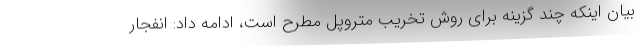
بیان اینکه چند گزینه برای روش تخریب متروپل مطرح است، ادامه داد: انفجار